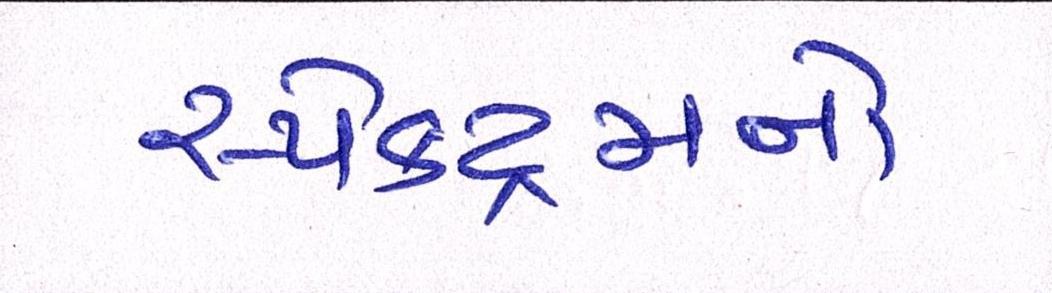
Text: સ્પેક્ટ્રમનો